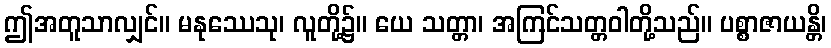
ဤအတူသာလျှင်။ မနုဿေသု၊ လူတို့၌။ ယေ သတ္တာ၊ အကြင်သတ္တဝါတို့သည်။ ပစ္စာဇာယန္တိ၊